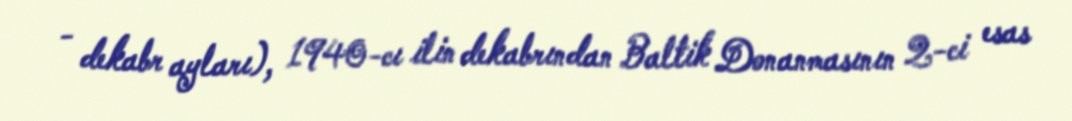
- dekabr ayları), 1940-cı ilin dekabrından Baltik Donanmasının 2-ci esas